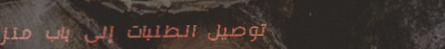
توصيل الطلبات إلى باب منز